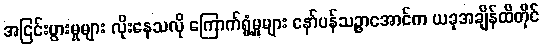
အငြင်းပွားမှုများ လိုးနေသလို ကြောက်ရွံ့မှုများ နော်ပန်သဉ္ဇာအောင်က ယခုအချိန်ထိတိုင်